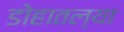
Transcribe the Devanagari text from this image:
डोहातल्या